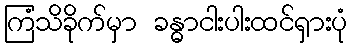
ကြံသိခိုက်မှာ ခန္ဓာငါးပါးထင်ရှားပုံ